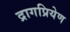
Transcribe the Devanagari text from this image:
द्रागप्रियेण